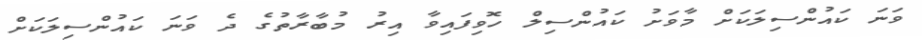
ވަނަ ކައުންސިލަކަށް މާވަށު ކައުންސިލް ހޮވިފައިވާ އިރު މުބާރާތުގެ ދެ ވަނަ ކައުންސިލަކަށް